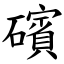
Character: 礗